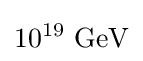
10^{19}~{\text{GeV}}